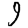
Digit: 9